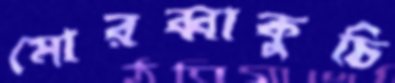
মোরব্বাকুচি